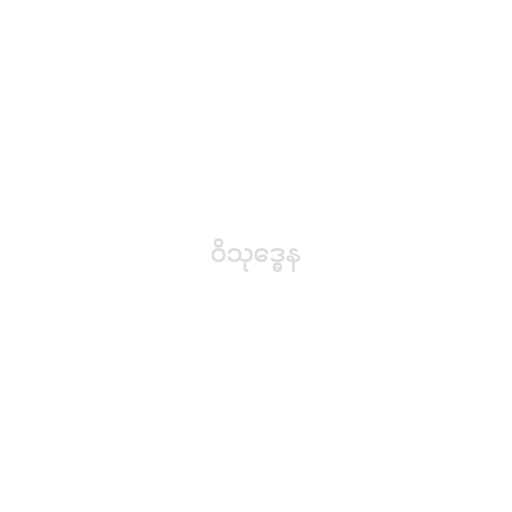
ဝိသုဒ္ဓေန